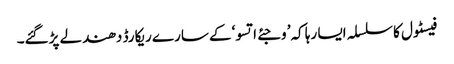
فیسٹول کا سلسلہ ایسا رہا کہ’ وجئے اتسو‘کے سارے ریکارڈ دھندلے پڑگئے۔